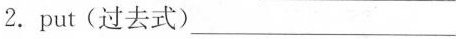
2.put(过去式)___